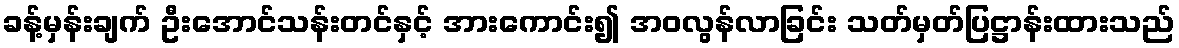
ခန့်မှန်းချက် ဦးအောင်သန်းတင်နှင့် အားကောင်း၍ အဝလွန်လာခြင်း သတ်မှတ်ပြဋ္ဌာန်းထားသည်